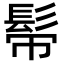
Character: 𩬒